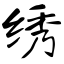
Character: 绣